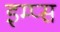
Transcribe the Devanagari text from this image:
इम्प्स